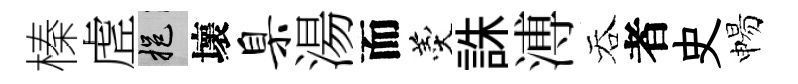
榛虗挹壞臬湯而羹誅溥吞者史惕